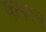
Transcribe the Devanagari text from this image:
कमरन